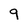
Character: 9